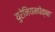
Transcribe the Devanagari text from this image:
युरेनियमपेक्षा